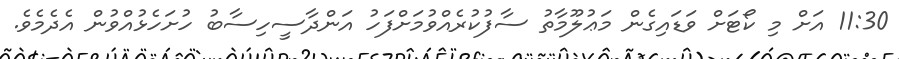
11:30 އަށް މި ކޯޓަށް ވަޑައިގެން މަޢުލޫމާތު ސާފުކުރެއްވުމަށްފަހު އަންދާސީހިސާބު ހުށަހެޅުއްވުން އެދެމެވެ.